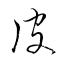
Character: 皮